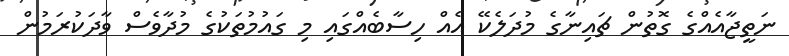
ނަތީޖާއެއްގެ ގޮތުން ޗައިނާގެ މުދަލެކޭ އެއް ހިސާބެއްގައި މި ގައުމުތަކުގެ މުދާވެސް ވާދަކުރަމުން